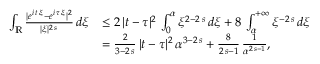
\begin{array} { r l } { \int _ { \mathbb { R } } \frac { | e ^ { i \, t \, \xi } - e ^ { i \, \tau \, \xi } | ^ { 2 } } { | \xi | ^ { 2 \, s } } \, d \xi } & { \le 2 \, | t - \tau | ^ { 2 } \, \int _ { 0 } ^ { \alpha } \xi ^ { 2 - 2 \, s } \, d \xi + 8 \, \int _ { \alpha } ^ { + \infty } \xi ^ { - 2 \, s } \, d \xi } \\ & { = \frac { 2 } { 3 - 2 \, s } \, | t - \tau | ^ { 2 } \, \alpha ^ { 3 - 2 \, s } + \frac { 8 } { 2 \, s - 1 } \, \frac { 1 } { \alpha ^ { 2 \, s - 1 } } , } \end{array}